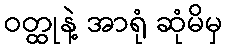
ဝတ္ထုနဲ့ အာရုံ ဆုံမိမှ